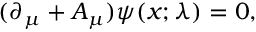
( \partial _ { \mu } + A _ { \mu } ) \psi ( x ; \lambda ) = 0 ,